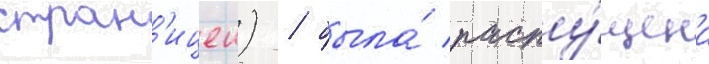
стран'ицеи) / была́ распу́щена